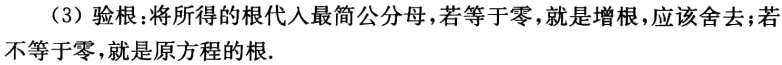
（3）验根：将所得的根代入最简公分母，若等于零，就是增根，应该舍去；若不等于零，就是原方程的根.